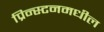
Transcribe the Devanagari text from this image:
प्रिन्स्टनमधील